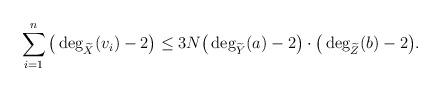
LaTeX: \begin{align*}\sum_{i=1}^{n}\big(\deg_{\widetilde{X}}(v_{i})-2\big)&\leq 3N\big(\deg_{\widetilde{Y}}(a)-2\big) \cdot\big(\deg_{\widetilde{Z}}(b)-2\big).\end{align*}